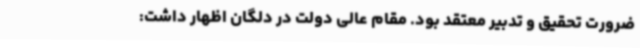
ضرورت تحقیق و تدبیر معتقد بود. مقام عالی دولت در دلگان اظهار داشت: